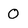
Character: 0